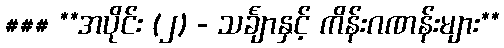
### **အပိုင်း (၂) - သင်္ချာနှင့် ကိန်းဂဏန်းများ**